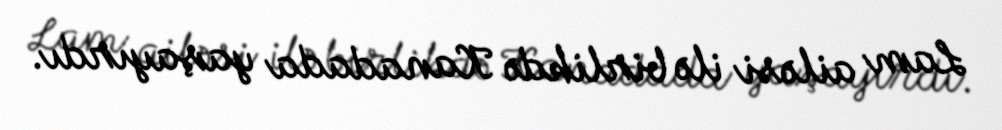
Lam ailəsi ilə birlikdə Kanadada yaşayırdı.